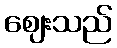
ဈေးသည်